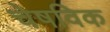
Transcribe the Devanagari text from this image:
चेषविक